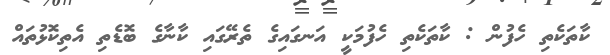
ކާތަކެތި ހެފުން : ކާތަކެތި ހެފުމަކީ އަނގައިގެ ތެރޭގައި ކާނާގެ ބޮޑެތި އެތިކޮޅުތައް